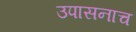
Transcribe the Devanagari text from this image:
उपासनाच